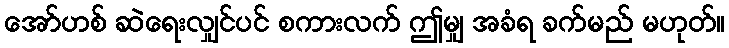
အော်ဟစ် ဆဲရေးလျှင်ပင် စကားလက် ဤမျှ အခံရ ခက်မည် မဟုတ်။